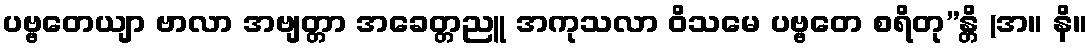
ပဗ္ဗတေယျာ ဗာလာ အဗျတ္တာ အခေတ္တညူ အကုသလာ ဝိသမေ ပဗ္ဗတေ စရိတု”န္တိ (အ။ နိ။